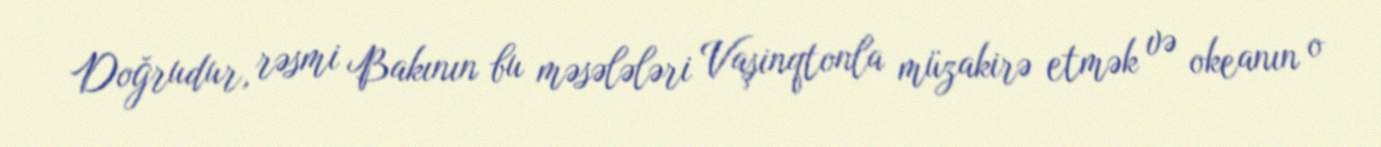
Doğrudur, rəsmi Bakının bu məsələləri Vaşinqtonla müzakirə etmək və okeanın o